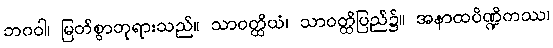
ဘဂဝါ၊ မြတ်စွာဘုရားသည်။ သာဝတ္ထိယံ၊ သာဝတ္ထိပြည်၌။ အနာထပိဏ္ဍိကဿ၊